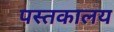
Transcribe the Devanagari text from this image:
पस्तकालय